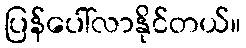
ပြန်ပေါ်လာနိုင်တယ်။